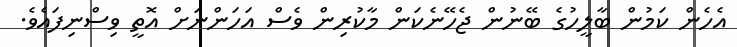
އެހެން ކަމުން ބާލީހުގެ ބޭނުން ޖެހޭނެކަން މާކުރިން ވެސް އަހަންނަށް އޮތީ ވިސްނިފައެވެ.